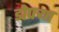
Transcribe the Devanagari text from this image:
डोपर्‍या